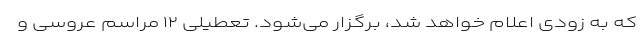
که به زودی اعلام خواهد شد، برگزار می‌شود. تعطیلی ۱۲ مراسم عروسی و